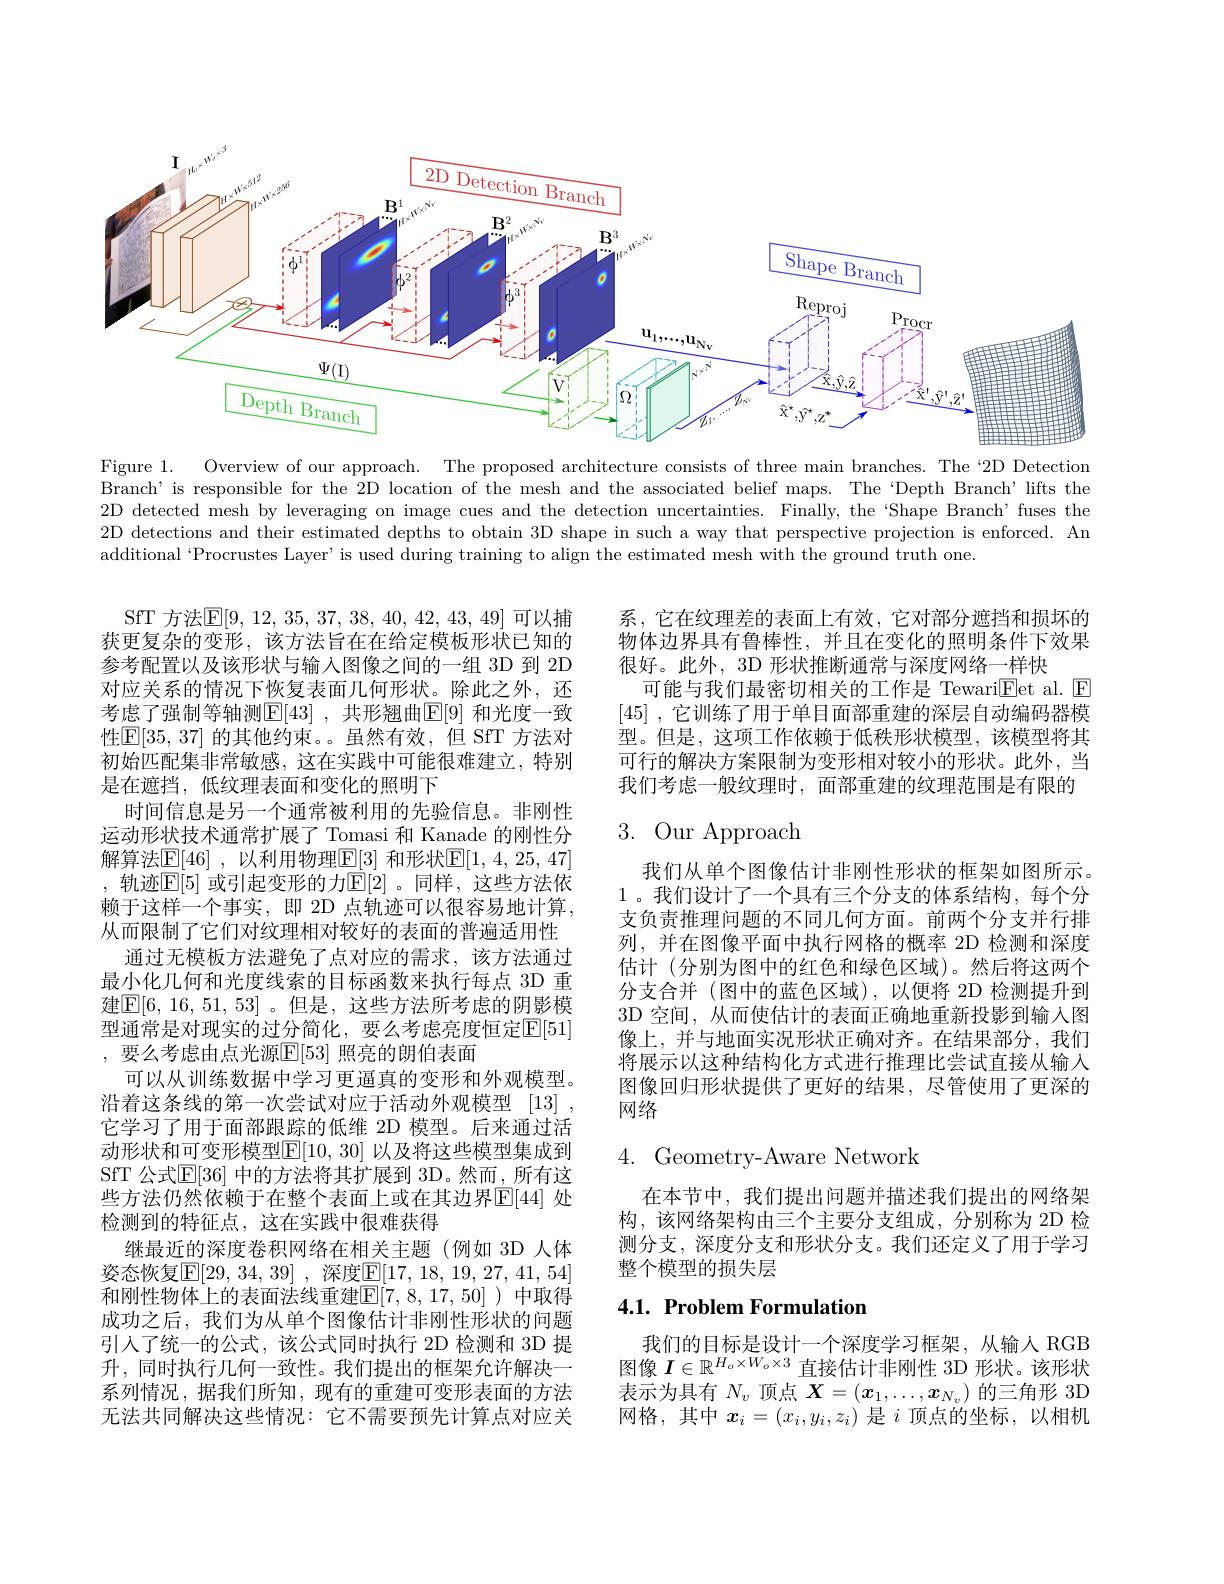
<FigureHere>

Figure 1. Overview of our approach. The proposed architecture consists of three main branches. The“2D Detection Branch’is responsible for the 2D location of the mesh and the associated belief maps. The ‘Depth Branch’lifts the 2D detected mesh by leveraging on image cues and the detection uncertainties. Finally, the“Shape Branch’fuses the 2D detections and their estimated depths to obtain 3D shape in such a way that perspective projection is enforced. An additional“Procrustes Layer’is used during training to align the estimated mesh with the ground truth one.

系，它在纹理差的表面上有效，它对部分遮挡和损坏的物体边界具有鲁棒性，并且在变化的照明条件下效果很好。此外，3D 形状推断通常与深度网络一样快
可能与我们最密切相关的工作是 Tewari$\underline{\mathrm{E}}$et al. E [45] , 它训练了用于单目面部重建的深层自动编码器模型。但是，这项工作依赖于低秩形状模型，该模型将其可行的解决方案限制为变形相对较小的形状。此外，当我们考虑一般纹理时，面部重建的纹理范围是有限的

# 3. Our Approach

我们从单个图像估计非刚性形状的框架如图所示。1 。我们设计了一个具有三个分支的体系结构，每个分支负责推理问题的不同几何方面。前两个分支并行排列，并在图像平面中执行网格的概率 2D 检测和深度估计(分别为图中的红色和绿色区域)。然后将这两个分支合并 (图中的蓝色区域),以便将 2D 检测提升到3D 空间，从而使估计的表面正确地重新投影到输入图像上，并与地面实况形状正确对齐。在结果部分，我们将展示以这种结构化方式进行推理比尝试直接从输入图像回归形状提供了更好的结果，尽管使用了更深的网络

SfT 方法$\boxed{\mathrm{E}}[9,12,35,37,38,40,42,43,49]$可以捕获更复杂的变形，该方法旨在在给定模板形状已知的参考配置以及该形状与输入图像之间的一组 3D 到 2D 对应关系的情况下恢复表面几何形状。除此之外，还考虑了强制等轴测$\mathbb{E}[43]$ ,共形翘曲$\mathbb{E}[9]$ 和光度一致性$\operatorname{E}[35,37]$ 的其他约束。。虽然有效，但 SfT 方法对初始匹配集非常敏感，这在实践中可能很难建立，特别是在遮挡，低纹理表面和变化的照明下
时间信息是另一个通常被利用的先验信息。非刚性运动形状技术通常扩展了 Tomasi 和 Kanade 的刚性分解算法$\mathbb{E}[46]$ ,以利用物理$\mathbb{E}[3]$ 和形状$\mathbb{E}[1,4,25,47]$ , 轨迹$\mathbb{E}[5]$ 或引起变形的力$\mathbb{E}[2]$ 。同样，这些方法依赖于这样一个事实，即 2D 点轨迹可以很容易地计算， 从而限制了它们对纹理相对较好的表面的普遍适用性
通过无模板方法避免了点对应的需求，该方法通过最小化几何和光度线索的目标函数来执行每点 3D 重建$\overline{\mathbb{E}}[6,16,51,53]$。但是，这些方法所考虑的阴影模型通常是对现实的过分简化，要么考虑亮度恒定$\mathbb{E}[51]$ ,要么考虑由点光源$\overline{\mathrm{E}}[53]$ 照亮的朗伯表面
可以从训练数据中学习更逼真的变形和外观模型。沿着这条线的第一次尝试对应于活动外观模型[13] , 它学习了用于面部跟踪的低维 2D 模型。后来通过活动形状和可变形模型$\mathbb{E}[10,30]$ 以及将这些模型集成到SfT 公式$\mathbb{E}[36]$ 中的方法将其扩展到 3D。然而，所有这些方法仍然依赖于在整个表面上或在其边界$\mathbb{E}[44]$ 处检测到的特征点，这在实践中很难获得
继最近的深度卷积网络在相关主题(例如 3D 人体姿态恢复$\boxed{\mathrm{E} }[ 29, 34, 39]$ ,深度$\boxed{\mathrm{E}}[17,18,19,27,41,54]$ 和刚性物体上的表面法线重建$\mathbb{E}[7,8,17,50]$)中取得成功之后，我们为从单个图像估计非刚性形状的问题引入了统一的公式，该公式同时执行 2D 检测和 3D 提升，同时执行几何一致性。我们提出的框架允许解决一系列情况，据我们所知，现有的重建可变形表面的方法无法共同解决这些情况：它不需要预先计算点对应关

$4.{\mathrm{~Geometry-Aware~Network}}$

在本节中，我们提出问题并描述我们提出的网络架构，该网络架构由三个主要分支组成，分别称为 2D 检测分支，深度分支和形状分支。我们还定义了用于学习整个模型的损失层

# 4.1. Problem Formulation

我们的目标是设计一个深度学习框架，从输入 RGB 图像$I\in\mathbb{R}^{H_o\times W_o\times3}$直接估计非刚性 3D 形状。该形状表示为具有$N_v$顶点$\boldsymbol X=(\boldsymbol x_1,\ldots,\boldsymbol x_{N_v})$的三角形 3D 网格，其中$x_i=(x_i,y_i,z_i)$是$i$顶点的坐标，以相机